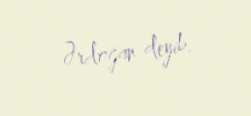
Ərdoğan deyib.